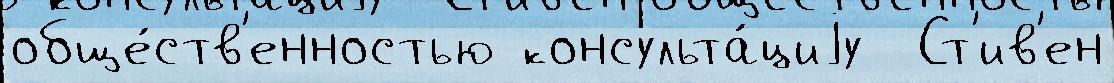
обще́ств'енностью консульта́циjу  Ст'ив'ен